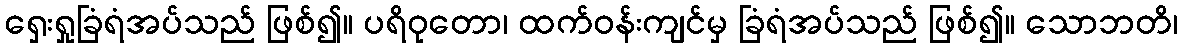
ရှေးရှုခြံရံအပ်သည် ဖြစ်၍။ ပရိဝုတော၊ ထက်ဝန်းကျင်မှ ခြံရံအပ်သည် ဖြစ်၍။ သောဘတိ၊